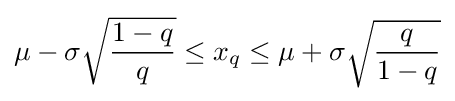
\mu -\sigma {\sqrt {\frac {1-q}{q}}}\leq x_{q}\leq \mu +\sigma {\sqrt {\frac {q}{1-q}}}